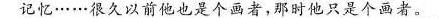
记忆……很久以前他也是个画者，那时他只是个画者。